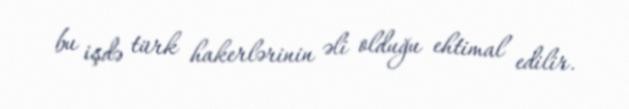
bu işdə türk hakerlərinin əli olduğu ehtimal edilir.